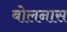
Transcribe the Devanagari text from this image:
बोलनास